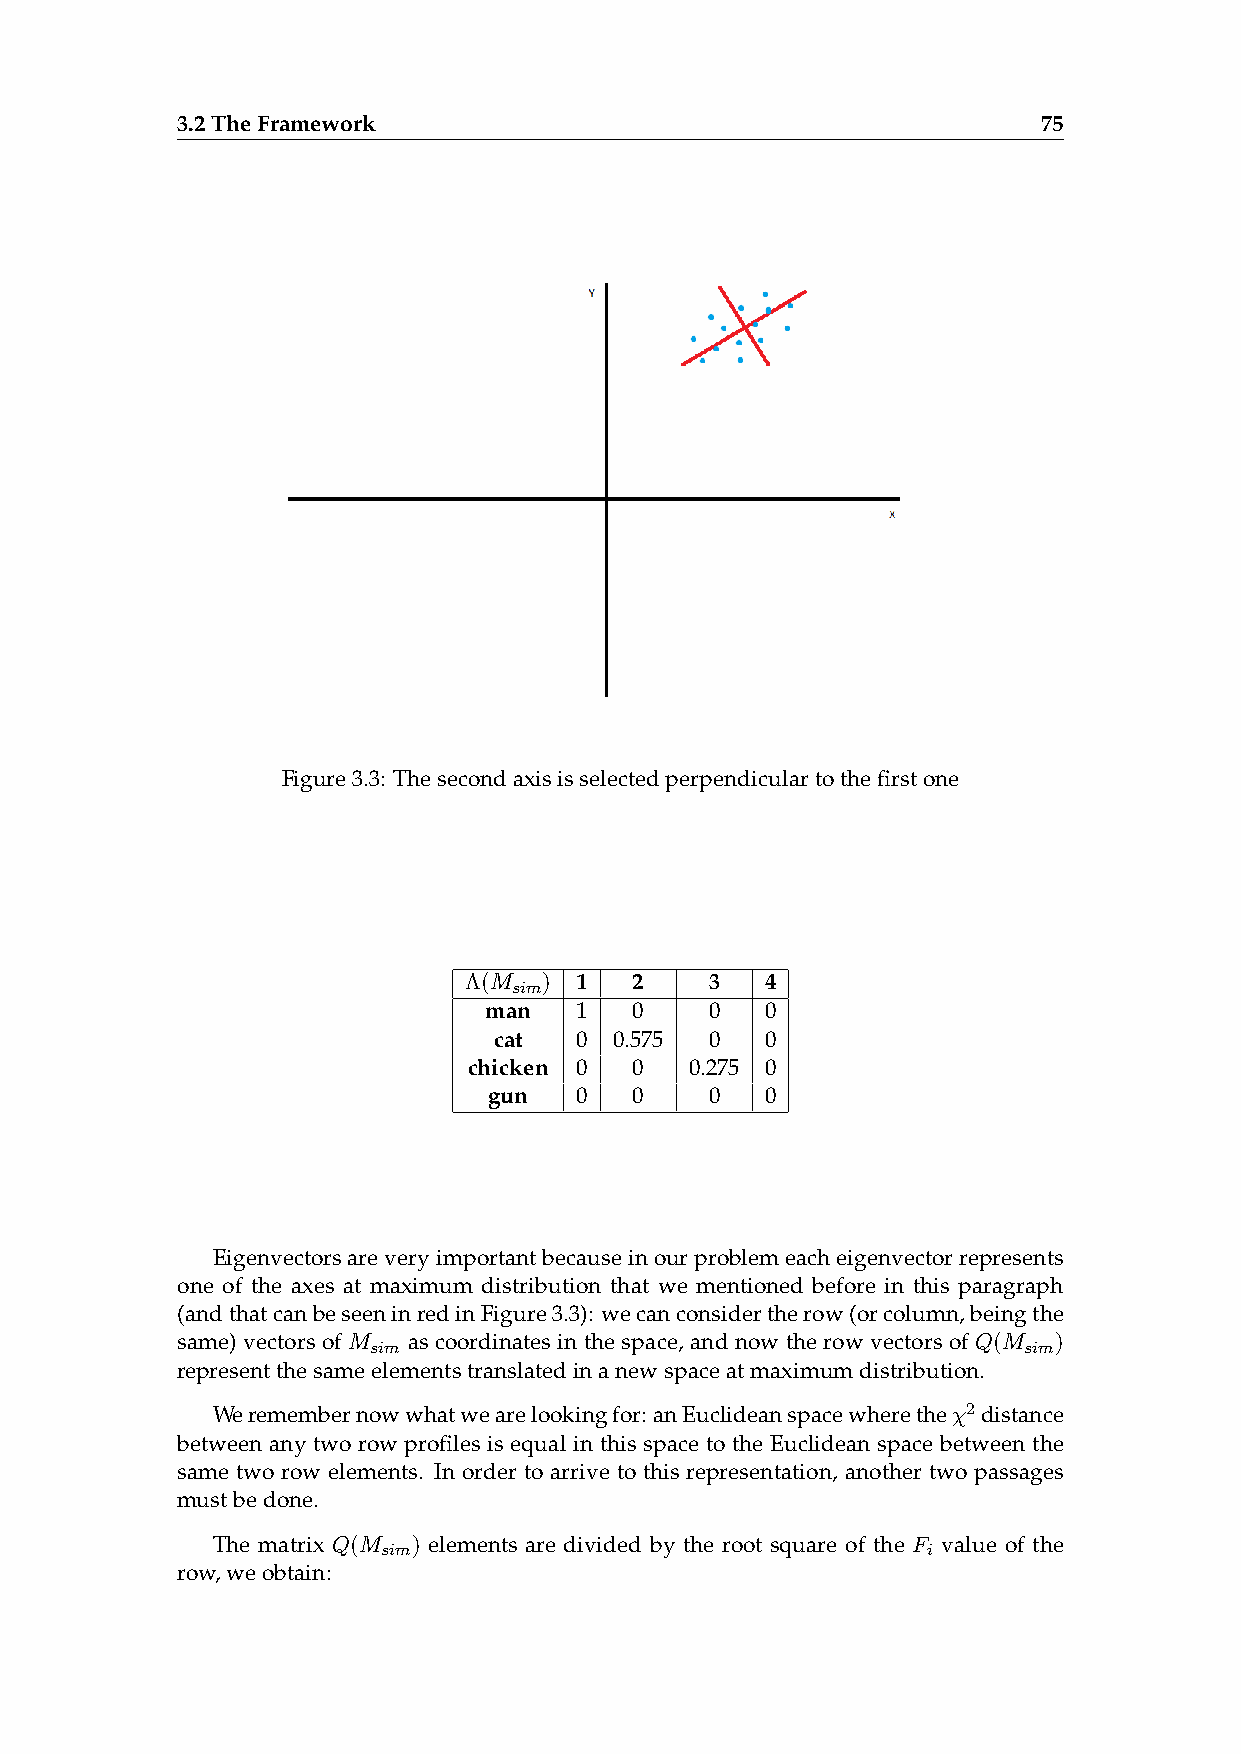
3.2TheFramework                                          75
 Figure3.3: Thesecondaxisisselectedperpendiculartothefirstone
 Λ(M  ) 1   2    3   4
 sim
 man   1   0    0   0
 cat  0  0.575 0   0
 chicken 0  0   0.275 0
 gun   0   0    0   0
 Eigenvectorsareveryimportantbecauseinourproblemeacheigenvectorrepresents
 one of the axes at maximum distribution that we mentioned before in this paragraph
 (andthatcanbeseeninredinFigure3.3): wecanconsidertherow(orcolumn,beingthe
 same) vectors of M as coordinates in the space, and now the row vectors of Q(M )
 sim                                        sim
 representthesameelementstranslatedinanewspaceatmaximumdistribution.
 Weremembernowwhatwearelookingfor: anEuclideanspacewheretheχ2distance
 between any two row profiles is equal in this space to the Euclidean space between the
 same two row elements. In order to arrive to this representation, another two passages
 mustbedone.
 The matrix Q(M ) elements are divided by the root square of the F value of the
 sim                                 i
 row,weobtain: